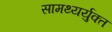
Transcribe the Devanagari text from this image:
सामथ्यर्युक्त